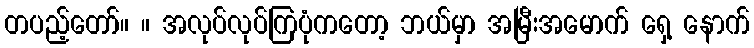
တပည့်တော်။ ။ အလုပ်လုပ်ကြပုံကတော့ ဘယ်မှာ အမြီးအမောက် ရှေ့ နောက်